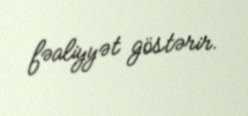
fəaliyyət göstərir.